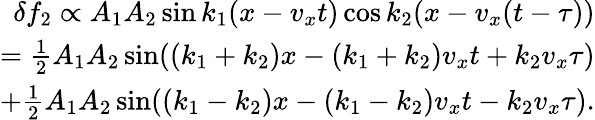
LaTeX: \begin{array}{r}{\delta f_{2}\propto A_{1}A_{2}\sin k_{1}(x-v_{x}t)\cos k_{2}(x-v_{x}(t-\tau))}\\ {=\frac{1}{2}A_{1}A_{2}\sin((k_{1}+k_{2})x-(k_{1}+k_{2})v_{x}t+k_{2}v_{x}\tau)}\\ {+\frac{1}{2}A_{1}A_{2}\sin((k_{1}-k_{2})x-(k_{1}-k_{2})v_{x}t-k_{2}v_{x}\tau).}\end{array}